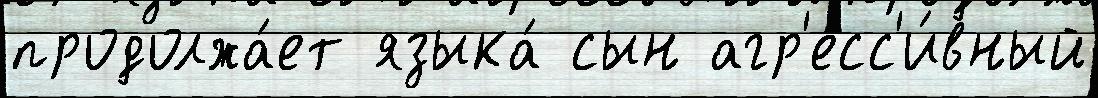
продолжа́ет языка́ сын агр'есс'и́вный